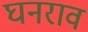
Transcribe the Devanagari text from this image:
घनराव